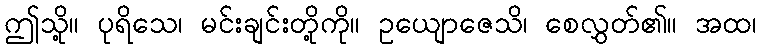
ဤသို့။ ပုရိသေ၊ မင်းချင်းတို့ကို။ ဥယျောဇေသိ၊ စေလွှတ်၏။ အထ၊